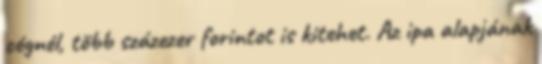
cégnél, több százezer forintot is kitehet. Az ipa alapjának